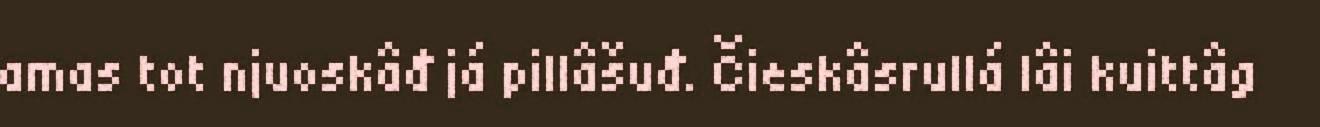
amas tot njuoskâđ já pillâšuđ. Čieskâsrullá lâi kuittâg